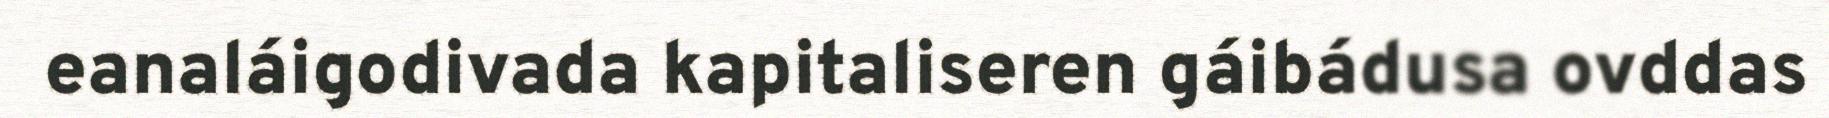
eanaláigodivada kapitaliseren gáibádusa ovddas